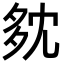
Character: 𡖓